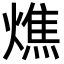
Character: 燋